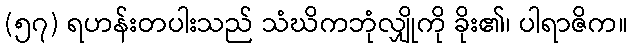
(၅၇) ရဟန်းတပါးသည် သံဃိကဘုံလျှိုကို ခိုး၏၊ ပါရာဇိက။